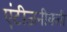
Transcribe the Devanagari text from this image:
एंटीजनीक्ली